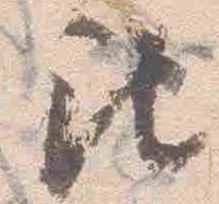
記